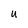
Character: U